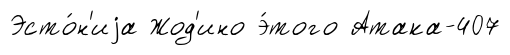
Эсто́н'иjа Жод'ино э́того Атака-407